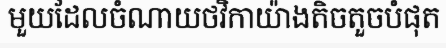
មួយដែលចំណាយថវិកាយ៉ាងតិចតួចបំផុត